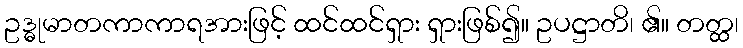
ဥဒ္ဓုမာတကာကာရအားဖြင့် ထင်ထင်ရှား ရှားဖြစ်၍။ ဥပဋ္ဌာတိ၊ ၏။ တတ္ထ၊